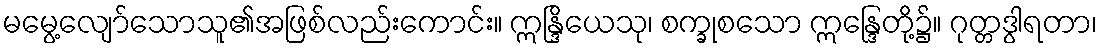
မမွေ့လျော်သောသူ၏အဖြစ်လည်းကောင်း။ ဣန္ဒြိယေသု၊ စက္ခုစသော ဣန္ဒြေတို့၌။ ဂုတ္တဒွါရတာ၊